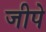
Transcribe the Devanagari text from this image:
जीपे